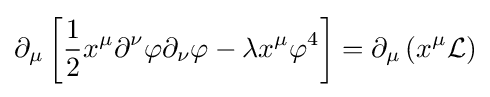
\partial _{\mu }\left[{\frac {1}{2}}x^{\mu }\partial ^{\nu }\varphi \partial _{\nu }\varphi -\lambda x^{\mu }\varphi ^{4}\right]=\partial _{\mu }\left(x^{\mu }{\mathcal {L}}\right)